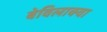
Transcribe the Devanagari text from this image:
बेविलाक्वा